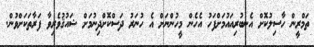
ތަމްރީން ހާސިލުކޮށް އެނބުރިއައުމަށްފަހު އެހެން މީހުންނަށް އެ ހުނަރު ދަސްކޮށްދިނުމަށް ޝައުޤުވެރިވާ ފަރާތަކަށްވުން.